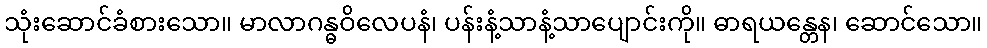
သုံးဆောင်ခံစားသော။ မာလာဂန္ဓဝိလေပနံ၊ ပန်းနံ့သာနံ့သာပျောင်းကို။ ဓာရယန္တေန၊ ဆောင်သော။